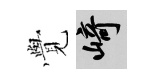
𮗜崎